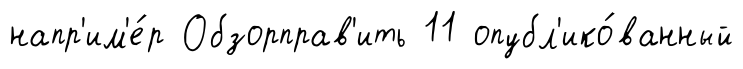
напр'им'е́р Обзорправ'ить 11 опубл'ико́ванный